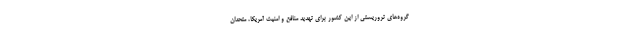
گروه‌های تروریستی از این کشور برای تهدید منافع و امنیت آمریکا، متحدان